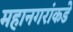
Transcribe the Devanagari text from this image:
महानगरांकडे